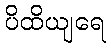
ပိထိယျရေ